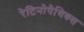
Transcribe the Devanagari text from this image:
रेटिनोपैथिक्स